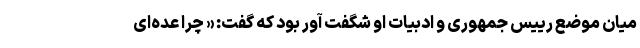
میان موضع رییس جمهوری و ادبیات او شگفت آور بود که گفت: « چرا عده‌ای